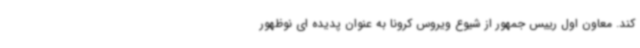
کند. معاون اول رییس جمهور از شیوع ویروس کرونا به عنوان پدیده ای نوظهور